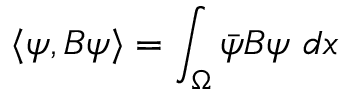
\langle \psi , B \psi \rangle = \int _ { \Omega } \Bar { \psi } B \psi \ d x